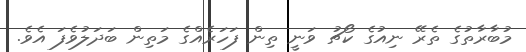
މުބާރާތުގެ ތެރޭ ނިއުގެ ކޯޗު ވަނީ ތިން ފަހަރެއްގެ މަތިން ބަދަލުވެފަ އެވެ.